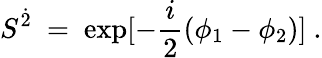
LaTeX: S^{\dot{2}}~=~\mathrm{exp}[-\frac{i}{2}(\phi_{1}-\phi_{2})]~.